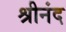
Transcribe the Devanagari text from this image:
श्रीनंद